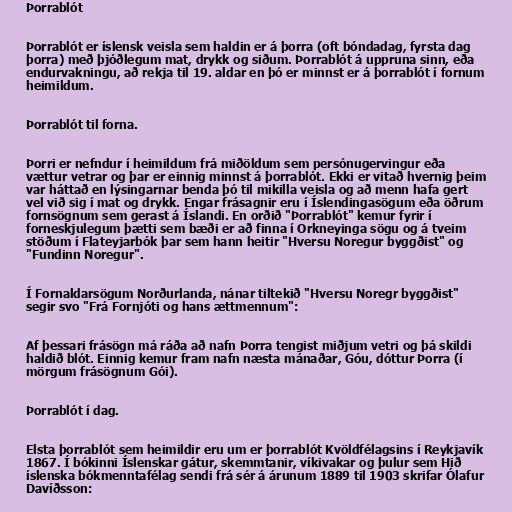
Þorrablót

Þorrablót er íslensk veisla sem haldin er á þorra (oft bóndadag, fyrsta dag
þorra) með þjóðlegum mat, drykk og siðum. Þorrablót á uppruna sinn, eða
endurvakningu, að rekja til 19. aldar en þó er minnst er á þorrablót í fornum
heimildum.

Þorrablót til forna.

Þorri er nefndur í heimildum frá miðöldum sem persónugervingur eða
vættur vetrar og þar er einnig minnst á þorrablót. Ekki er vitað hvernig þeim
var háttað en lýsingarnar benda þó til mikilla veisla og að menn hafa gert
vel við sig í mat og drykk. Engar frásagnir eru í Íslendingasögum eða öðrum
fornsögnum sem gerast á Íslandi. En orðið "Þorrablót" kemur fyrir í
forneskjulegum þætti sem bæði er að finna í Orkneyinga sögu og á tveim
stöðum í Flateyjarbók þar sem hann heitir "Hversu Noregur byggðist" og
"Fundinn Noregur".

Í Fornaldarsögum Norðurlanda, nánar tiltekið "Hversu Noregr byggðist"
segir svo "Frá Fornjóti og hans ættmennum":

Af þessari frásögn má ráða að nafn Þorra tengist miðjum vetri og þá skildi
haldið blót. Einnig kemur fram nafn næsta mánaðar, Góu, dóttur Þorra (í
mörgum frásögnum Gói).

Þorrablót í dag.

Elsta þorrablót sem heimildir eru um er þorrablót Kvöldfélagsins í Reykjavík
1867. Í bókinni Íslenskar gátur, skemmtanir, víkivakar og þulur sem Hið
íslenska bókmenntafélag sendi frá sér á árunum 1889 til 1903 skrifar Ólafur
Davíðsson: